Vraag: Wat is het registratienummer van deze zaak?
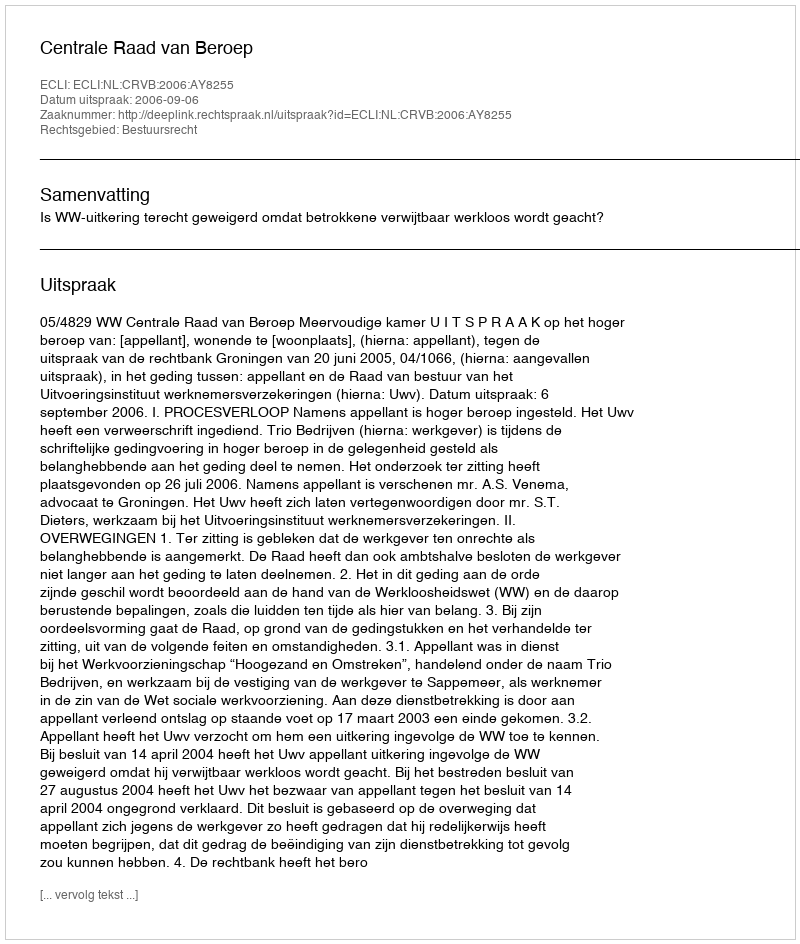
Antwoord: http://deeplink.rechtspraak.nl/uitspraak?id=ECLI:NL:CRVB:2006:AY8255